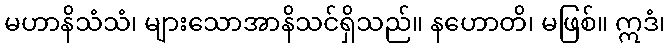
မဟာနိသံသံ၊ များသောအာနိသင်ရှိသည်။ နဟောတိ၊ မဖြစ်။ ဣဒံ၊